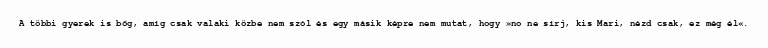
A többi gyerek is bőg, amíg csak valaki közbe nem szól és egy másik képre nem mutat, hogy »no ne sírj, kis Mari, nézd csak, ez még él«.